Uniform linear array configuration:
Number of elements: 12
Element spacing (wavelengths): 1
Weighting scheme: kaiser
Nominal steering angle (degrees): -30
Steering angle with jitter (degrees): -31.635
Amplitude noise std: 0.05
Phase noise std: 0.05

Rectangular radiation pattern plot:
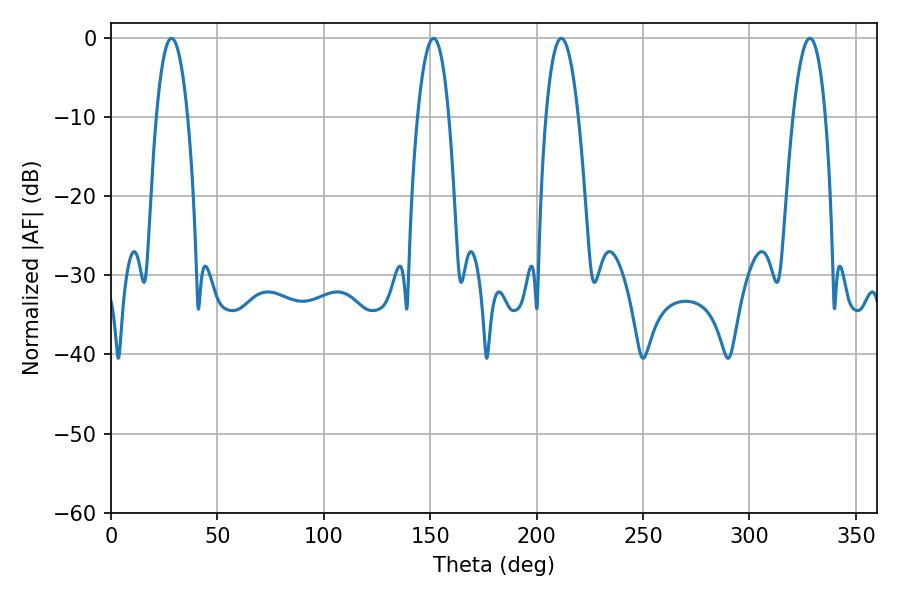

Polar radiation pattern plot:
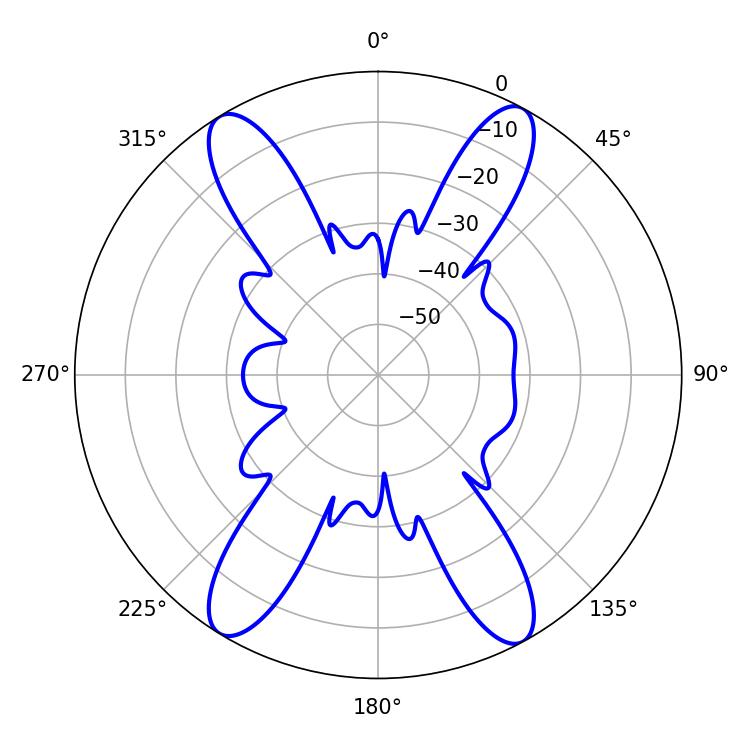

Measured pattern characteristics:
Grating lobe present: TRUE
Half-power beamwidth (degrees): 8.1
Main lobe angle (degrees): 28.44